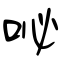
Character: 咇